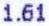
1.61